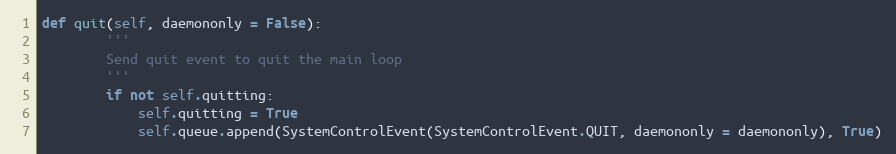
Language: Python
def quit(self, daemononly = False):
        '''
        Send quit event to quit the main loop
        '''
        if not self.quitting:
            self.quitting = True
            self.queue.append(SystemControlEvent(SystemControlEvent.QUIT, daemononly = daemononly), True)